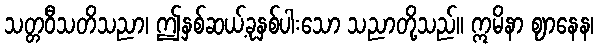
သတ္တဝီသတိသညာ၊ ဤနှစ်ဆယ့်ခုနှစ်ပါးသော သညာတို့သည်။ ဣမိနာ ဈာနေန၊